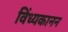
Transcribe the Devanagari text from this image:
विंध्यकानन